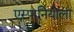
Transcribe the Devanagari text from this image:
एस्पानियोला